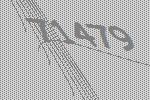
71479